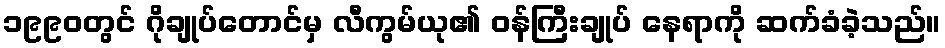
၁၉၉၀တွင် ဂိုချုပ်တောင်မှ လီကွမ်ယု၏ ဝန်ကြီးချုပ် နေရာကို ဆက်ခံခဲ့သည်။